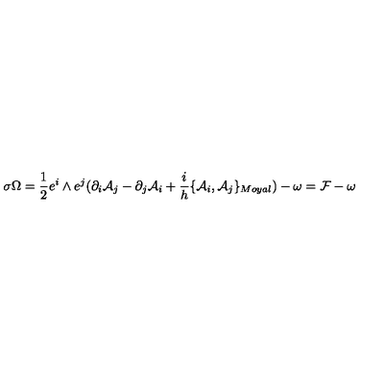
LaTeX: \sigma \Omega = \frac { 1 } { 2 } e ^ { i } \wedge e ^ { j } ( \partial _ { i } { \cal { A } } _ { j } - \partial _ { j } { \cal { A } } _ { i } + \frac { i } { h } \{ { \cal { A } } _ { i } , { \cal { A } } _ { j } \} _ { M o y a l } ) - \omega = { \cal { F } } - \omega